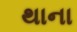
થાના